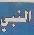
النبي